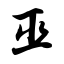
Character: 巫